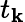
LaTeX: t_{\mathbf{k}}